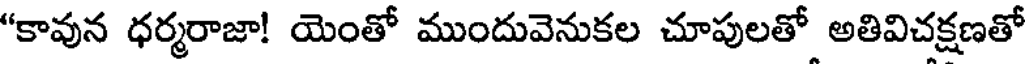
"కావున ధర్మరాజా! యెంతో ముందువెనుకల చూపులతో అతివిచక్షణతో